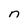
Character: n